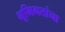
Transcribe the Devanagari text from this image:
भूमिगतांना